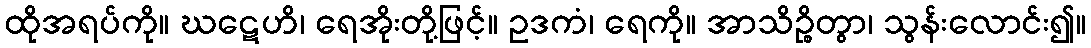
ထိုအရပ်ကို။ ဃဋေဟိ၊ ရေအိုးတို့ဖြင့်။ ဥဒကံ၊ ရေကို။ အာသိဉ္စိတွာ၊ သွန်းလောင်း၍။